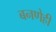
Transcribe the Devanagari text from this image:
बनणेही